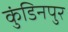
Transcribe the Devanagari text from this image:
कुंडिनपुर